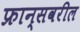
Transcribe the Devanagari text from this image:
फ्रान्सवरील